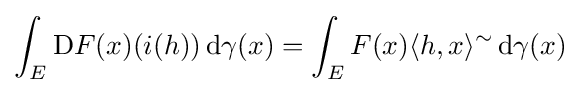
\int _{E}\mathrm {D} F(x)(i(h))\,\mathrm {d} \gamma (x)=\int _{E}F(x)\langle h,x\rangle ^{\sim }\,\mathrm {d} \gamma (x)